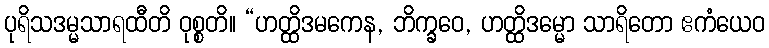
ပုရိသဒမ္မသာရထီတိ ဝုစ္စတိ။ “ဟတ္ထိဒမကေန, ဘိက္ခဝေ, ဟတ္ထိဒမ္မော သာရိတော ဧကံယေဝ